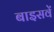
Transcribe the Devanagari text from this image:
बाइसवें